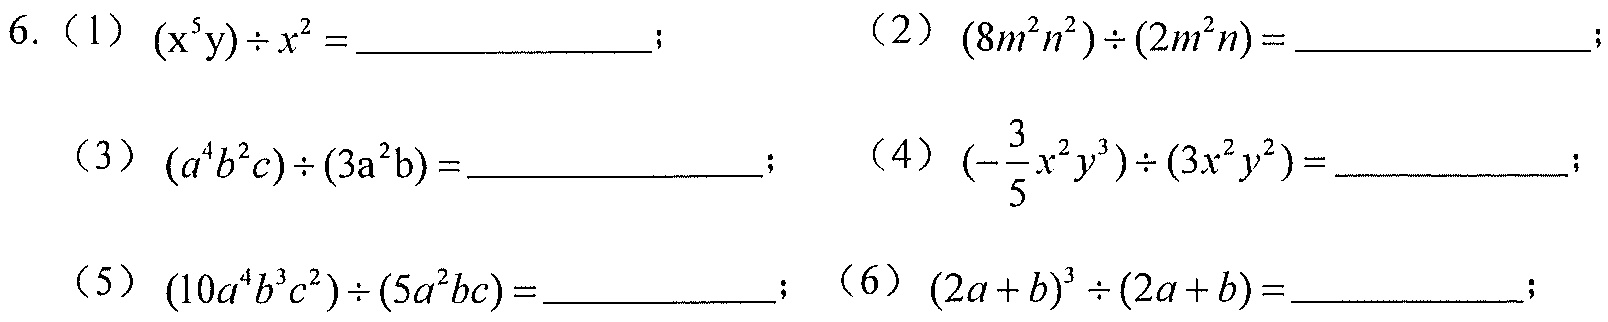
6.（1）\((x^{5}y)\div x^{2} = \_\_\_\_\_\_\_\_\)； （2）\((8m^{2}n^{2})\div(2m^{2}n)=\_\_\_\_\_\_\_\_\)；
（3）\((a^{4}b^{2}c)\div(3a^{2}b)=\_\_\_\_\_\_\_\_\)； （4）\((-\frac{3}{5}x^{2}y^{3})\div(3x^{2}y^{2})=\_\_\_\_\_\_\)；
（5）\((10a^{4}b^{3}c^{2})\div(5a^{2}bc)=\_\_\_\_\_\_\_\)；（6）\((2a + b)^{3}\div(2a + b)=\_\_\_\_\_\_\_\)；